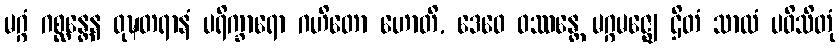
မဂ္ဂံ ဂစ္ဆန္တေန ဝုဍ္ဎတရာနံ ပရိက္ခာရော ဂဟိတော ဟောတိ, ဒေဝေ ဝဿန္တေ မဂ္ဂမဇ္ဈေ ဌိတံ သာလံ ပဝိသိတုံ